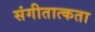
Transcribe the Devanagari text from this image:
संगीतात्कता